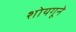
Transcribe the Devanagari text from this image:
शोयगूने